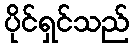
ပိုင်ရှင်သည်